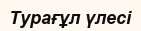
Турағұл үлесі